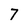
Character: 7